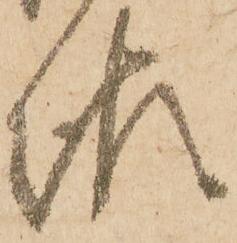
報